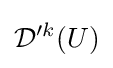
{\mathcal {D}}'^{k}(U)